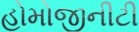
હોમોજીનીટી